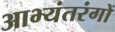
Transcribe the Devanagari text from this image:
आभ्यंतरंगों